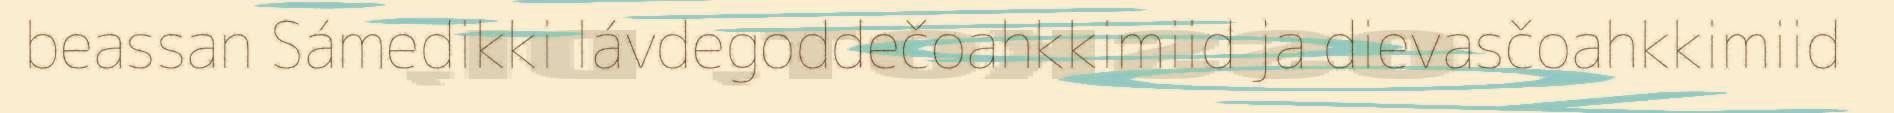
beassan Sámedikki lávdegoddečoahkkimiid ja dievasčoahkkimiid